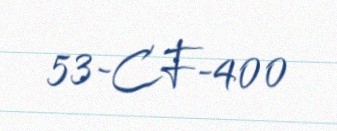
53-CF-400